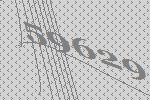
59629